Indian journal of veterinary science and animal husbandry - Volumes 24-25, 1954-1955
Year: 1954
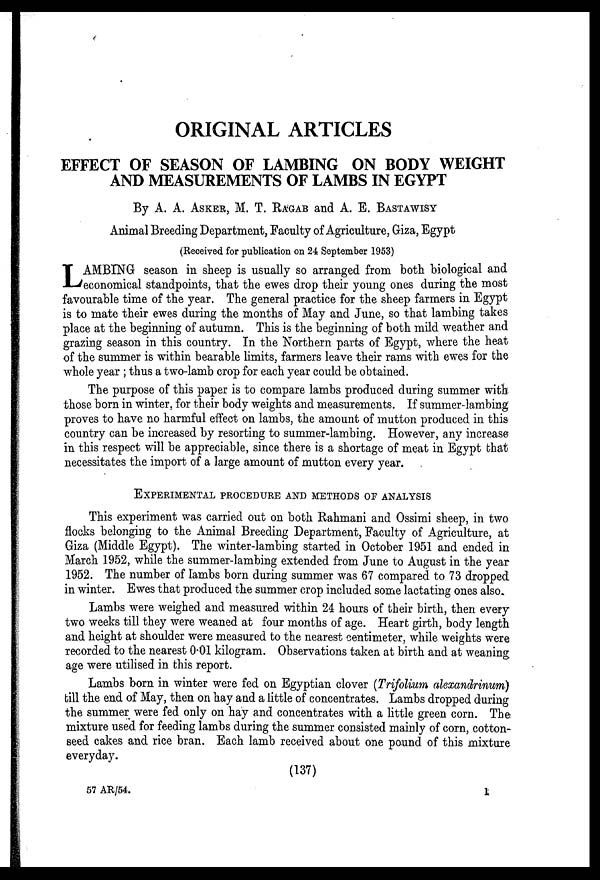
ORIGINAL ARTICLES
EFFECT OF SEASON OF LAMBING ON BODY WEIGHT
AND MEASUREMENTS OF LAMBS IN EGYPT
By A. A. ASKER, M. T. RAGAB and A. E. BASTAWISY
Animal Breeding Department, Faculty of Agriculture, Giza, Egypt
(Received for publication on 24 September 1953)
L AMBING season in sheep is usually so arranged from both biological and
economical standpoints, that the ewes drop their young ones during the most
favourable time of the year. The general practice for the sheep farmers in Egypt
is to mate their ewes during the months of May and June, so that lambing takes
place at the beginning of autumn. This is the beginning of both mild weather and
grazing season in this country. In the Northern parts of Egypt, where the heat
of the summer is within bearable limits, farmers leave their rams with ewes for the
whole year ; thus a two-lamb crop for each year could be obtained.
The purpose of this paper is to compare lambs produced during summer with
those born in winter, for their body weights and measurements. If summer-lambing
proves to have no harmful effect on lambs, the amount of mutton produced in this
country can be increased by resorting to summer-lambing. However, any increase
in this respect will be appreciable, since there is a shortage of meat in Egypt that
necessitates the import of a large amount of mutton every year.
EXPERIMENTAL PROCEDURE AND METHODS OF ANALYSIS
This experiment was carried out on both Rahmani and Ossimi sheep, in two
flocks belonging to the Animal Breeding Department, Faculty of Agriculture, at
Giza (Middle Egypt). The winter-lambing started in October 1951 and ended in
March 1952, while the summer-lambing extended from June to August in the year
1952. The number of lambs born during summer was 67 compared to 73 dropped
in winter. Ewes that produced the summer crop included some lactating ones also.
Lambs were weighed and measured within 24 hours of their birth, then every
two weeks till they were weaned at four months of age. Heart girth, body length
and height at shoulder were measured to the nearest centimeter, while weights were
recorded to the nearest 0.01 kilogram. Observations taken at birth and at weaning
age were utilised in this report.
Lambs born in winter were fed on Egyptian clover (Trifolium alexandrinum)
till the end of May, then on hay and a little of concentrates. Lambs dropped during
the summer were fed only on hay and concentrates with a little green corn. The
mixture used for feeding lambs during the summer consisted mainly of corn, cotton-
seed cakes and rice bran. Each lamb received about one pound of this mixture
everyday.
(137)
57 AR/54.
1